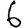
Digit: 6